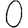
Digit: 0